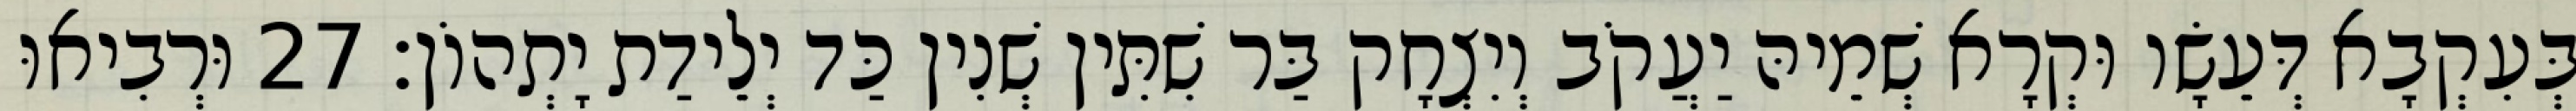
בְּעִקְבָא דְּעֵשָׂו וּקְרָא שְׁמֵיהּ יַעֲקֹב וְיִצְחָק בַּר שִׁתִּין שְׁנִין כַּד יְלֵידַת יָתְהוֹן׃ 27 וּרְבִיאוּ